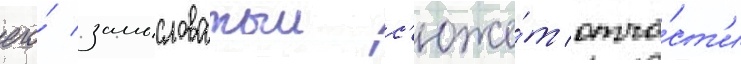
его́ замысловатыи с'юже́т отча́ст'и